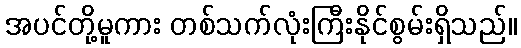
အပင်တို့မူကား တစ်သက်လုံးကြီးနိုင်စွမ်းရှိသည်။